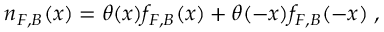
n _ { F , B } ( x ) = \theta ( x ) f _ { F , B } ( x ) + \theta ( - x ) f _ { F , B } ( - x ) \; ,